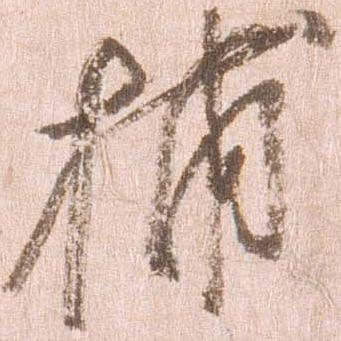
捕